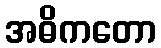
အဓိကတော